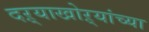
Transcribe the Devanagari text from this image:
दऱ्याखोऱ्यांच्या